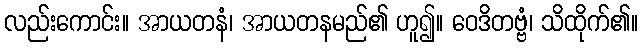
လည်းကောင်း။ အာယတနံ၊ အာယတနမည်၏ ဟူ၍။ ဝေဒိတဗ္ဗံ၊ သိထိုက်၏။